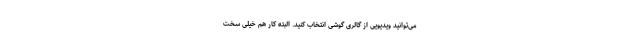
می‌توانید ویدیویی از گالری گوشی انتخاب کنید. البته کار هم خیلی سخت